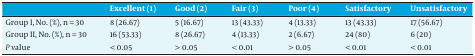
<table><thead><tr><td><b> </b></td><td><b>Excellent (1)</b></td><td><b>Good (2)</b></td><td><b>Fair (3)</b></td><td><b>Poor (4)</b></td><td><b>Satisfactory</b></td><td><b>Unsatisfactory</b></td></tr></thead><tbody><tr><td>Group I, No. (%), n = 30</td><td>8 (26.67)</td><td>5 (16.67)</td><td>13 (43.33)</td><td>4 (13.33)</td><td>13 (43.33)</td><td>17 (56.67)</td></tr><tr><td>Group II, No. (%), n = 30</td><td>16 (53.33)</td><td>8 (26.67)</td><td>4 (13.33)</td><td>2 (6.67)</td><td>24 (80)</td><td>6 (20)</td></tr><tr><td><i>P</i> value</td><td>&lt; 0.05</td><td>&gt; 0.05</td><td>&lt; 0.01</td><td>&gt; 0.05</td><td>&lt; 0.01</td><td>&lt; 0.01</td></tr></tbody></table>